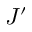
J ^ { \prime }